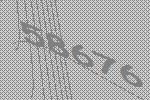
58676